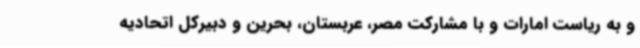
و به ریاست امارات و با مشارکت مصر، عربستان، بحرین و دبیرکل اتحادیه